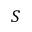
S